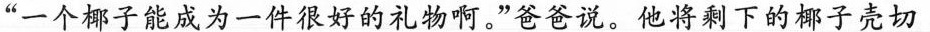
“一个椰子能成为一件很好的礼物啊。”爸爸说。他将剩下的椰子壳切